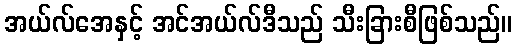
အယ်လ်အေနှင့် အင်အယ်လ်ဒီသည် သီးခြားစီဖြစ်သည်။